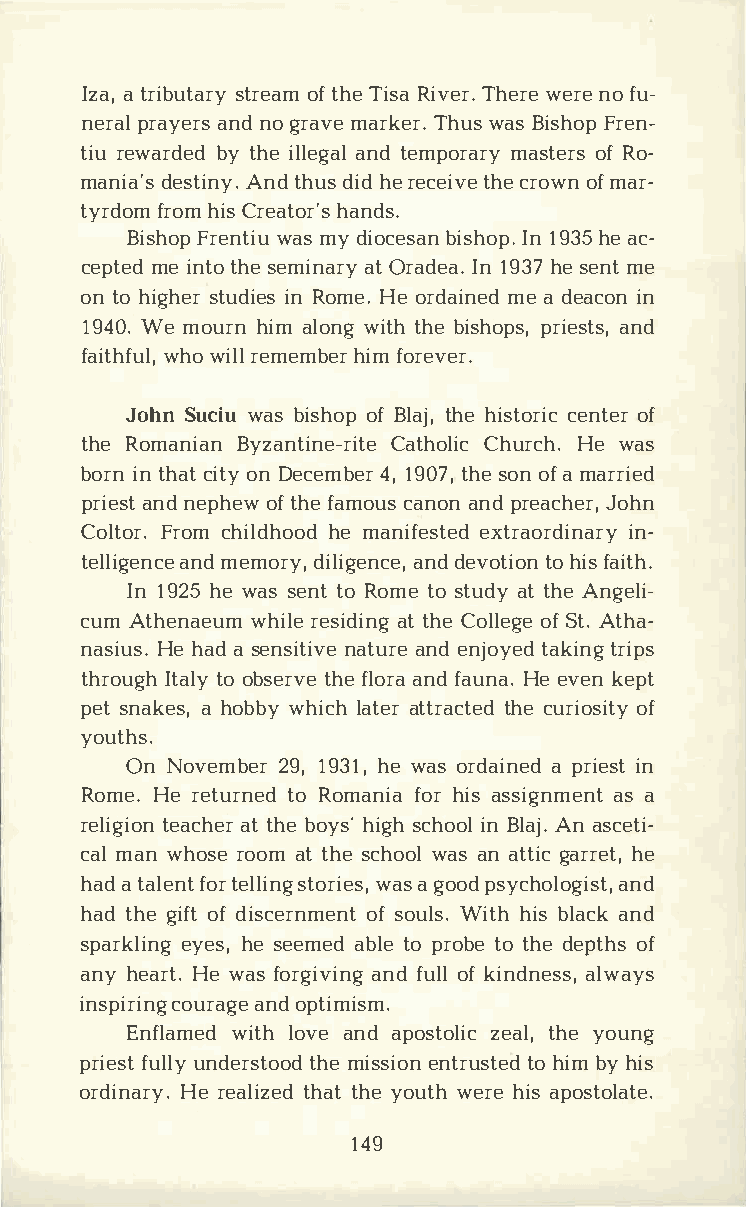
Izaat ,r ibusttarreoyaft m hT ei sRai vTehre.wr eer neof u­
 neral    apnrndao yg erramsva er kTehru.ws a s BFirsehno­p
 tirue warbdyte hdie l laengtdae lm pomraasrtyoe fRr os­
 manidae'sst Ainndty h.ud sih der ecetihcvere o owfmn a r­
 tyrdformoh miC sr eathoarn'dss .
 BishForpe nwtaimsuy d iocesanI n1b 9i3hs5eah co­p.
 ceptmeei dn tthose e minaatOr rya dIen1a 9.3 h7es enmte
 ont oh ighsetru diinRe osm Hee.o rdaimneae d de acionn
 194W0e.m ourhni ma lownigtt hhb ei shops, priests,   and
 faitwhhfowu ilrl,el m emhbiefmro rever.
 JohSnu cwiua sb ishoofBp l atjhh,ei stcoernitocef r
 thReo manBiyazna ntiCnaet-hroiltiec HeCw hausr ch.
 borinnt hcaitot nyD ecem4b,1e 9r0t 7h,se o onfa m arried
 priaensndte phoeftw h fea mocuasn aonnpd r eacJhoehrn,
 ColtForro.cm h ildhheom oadn ifested eixnt­raordinary
 telliagnemdne cmeo rdyi,l igaennddce ev,o ttoih oifnsa ith.
 In1 92h5ew asse nttoR omteos tuadtty h Aen geli­
 cumA thenawehuirmle es iadtti hnCego lloefSg teA. t ha­
 nasiHuehs a.ad s ensintaitvuaern eedn jotyaekdti rngi ps
 throIutgathlo oy b setrhvfeel oarnafd a uHneae .v ekne pt
 pestn akaeh so,b wbhyi lcaht aetrt ratchcteue rdi oosfi ty
 youths.
 OnN  ovem2b9e1,r9 3h1ew, a so rdaiapn reidie ns t
 RomeH.er eturtnoRe odm anfiohari ass signamsae nt
 relitgeiaocanht te hrbe o yhsi'gs hc hionoB ll aAjna. s ceti­
 camla nw hosreo oamtt hsec howoalas n a ttgiacr rheet ,
 haadt alfeontrte llingw asasgt ooorpdis eysc,h oalnodg ist,
 hatdh gei offtd isceronfsm oeunWltis t.hh i bsl aacnkd
 sparkelyienhseg,s eemaebdlt eop rotbote h dee ptohfs
 anhye aHretw .a fso rgiavnifdnu oglf l kindness, always
 inspirinagn    odcp otuirmaigsem .
 Enflawmietdlh o vaen da postzoelatilhc,ye o ung
 prifeuslutln yd erstthmoeio sds einotnr utsoht iebmdy h is
 ordinHaerr eya.l tihzatethdy e o uwtehr hei asp ostolate.
 149